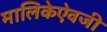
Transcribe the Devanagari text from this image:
मालिकेऐवजी